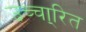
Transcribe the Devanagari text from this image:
उच्चा्रित